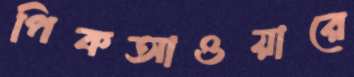
পিকআওয়ারে